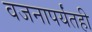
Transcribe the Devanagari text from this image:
वजनापर्यंतही